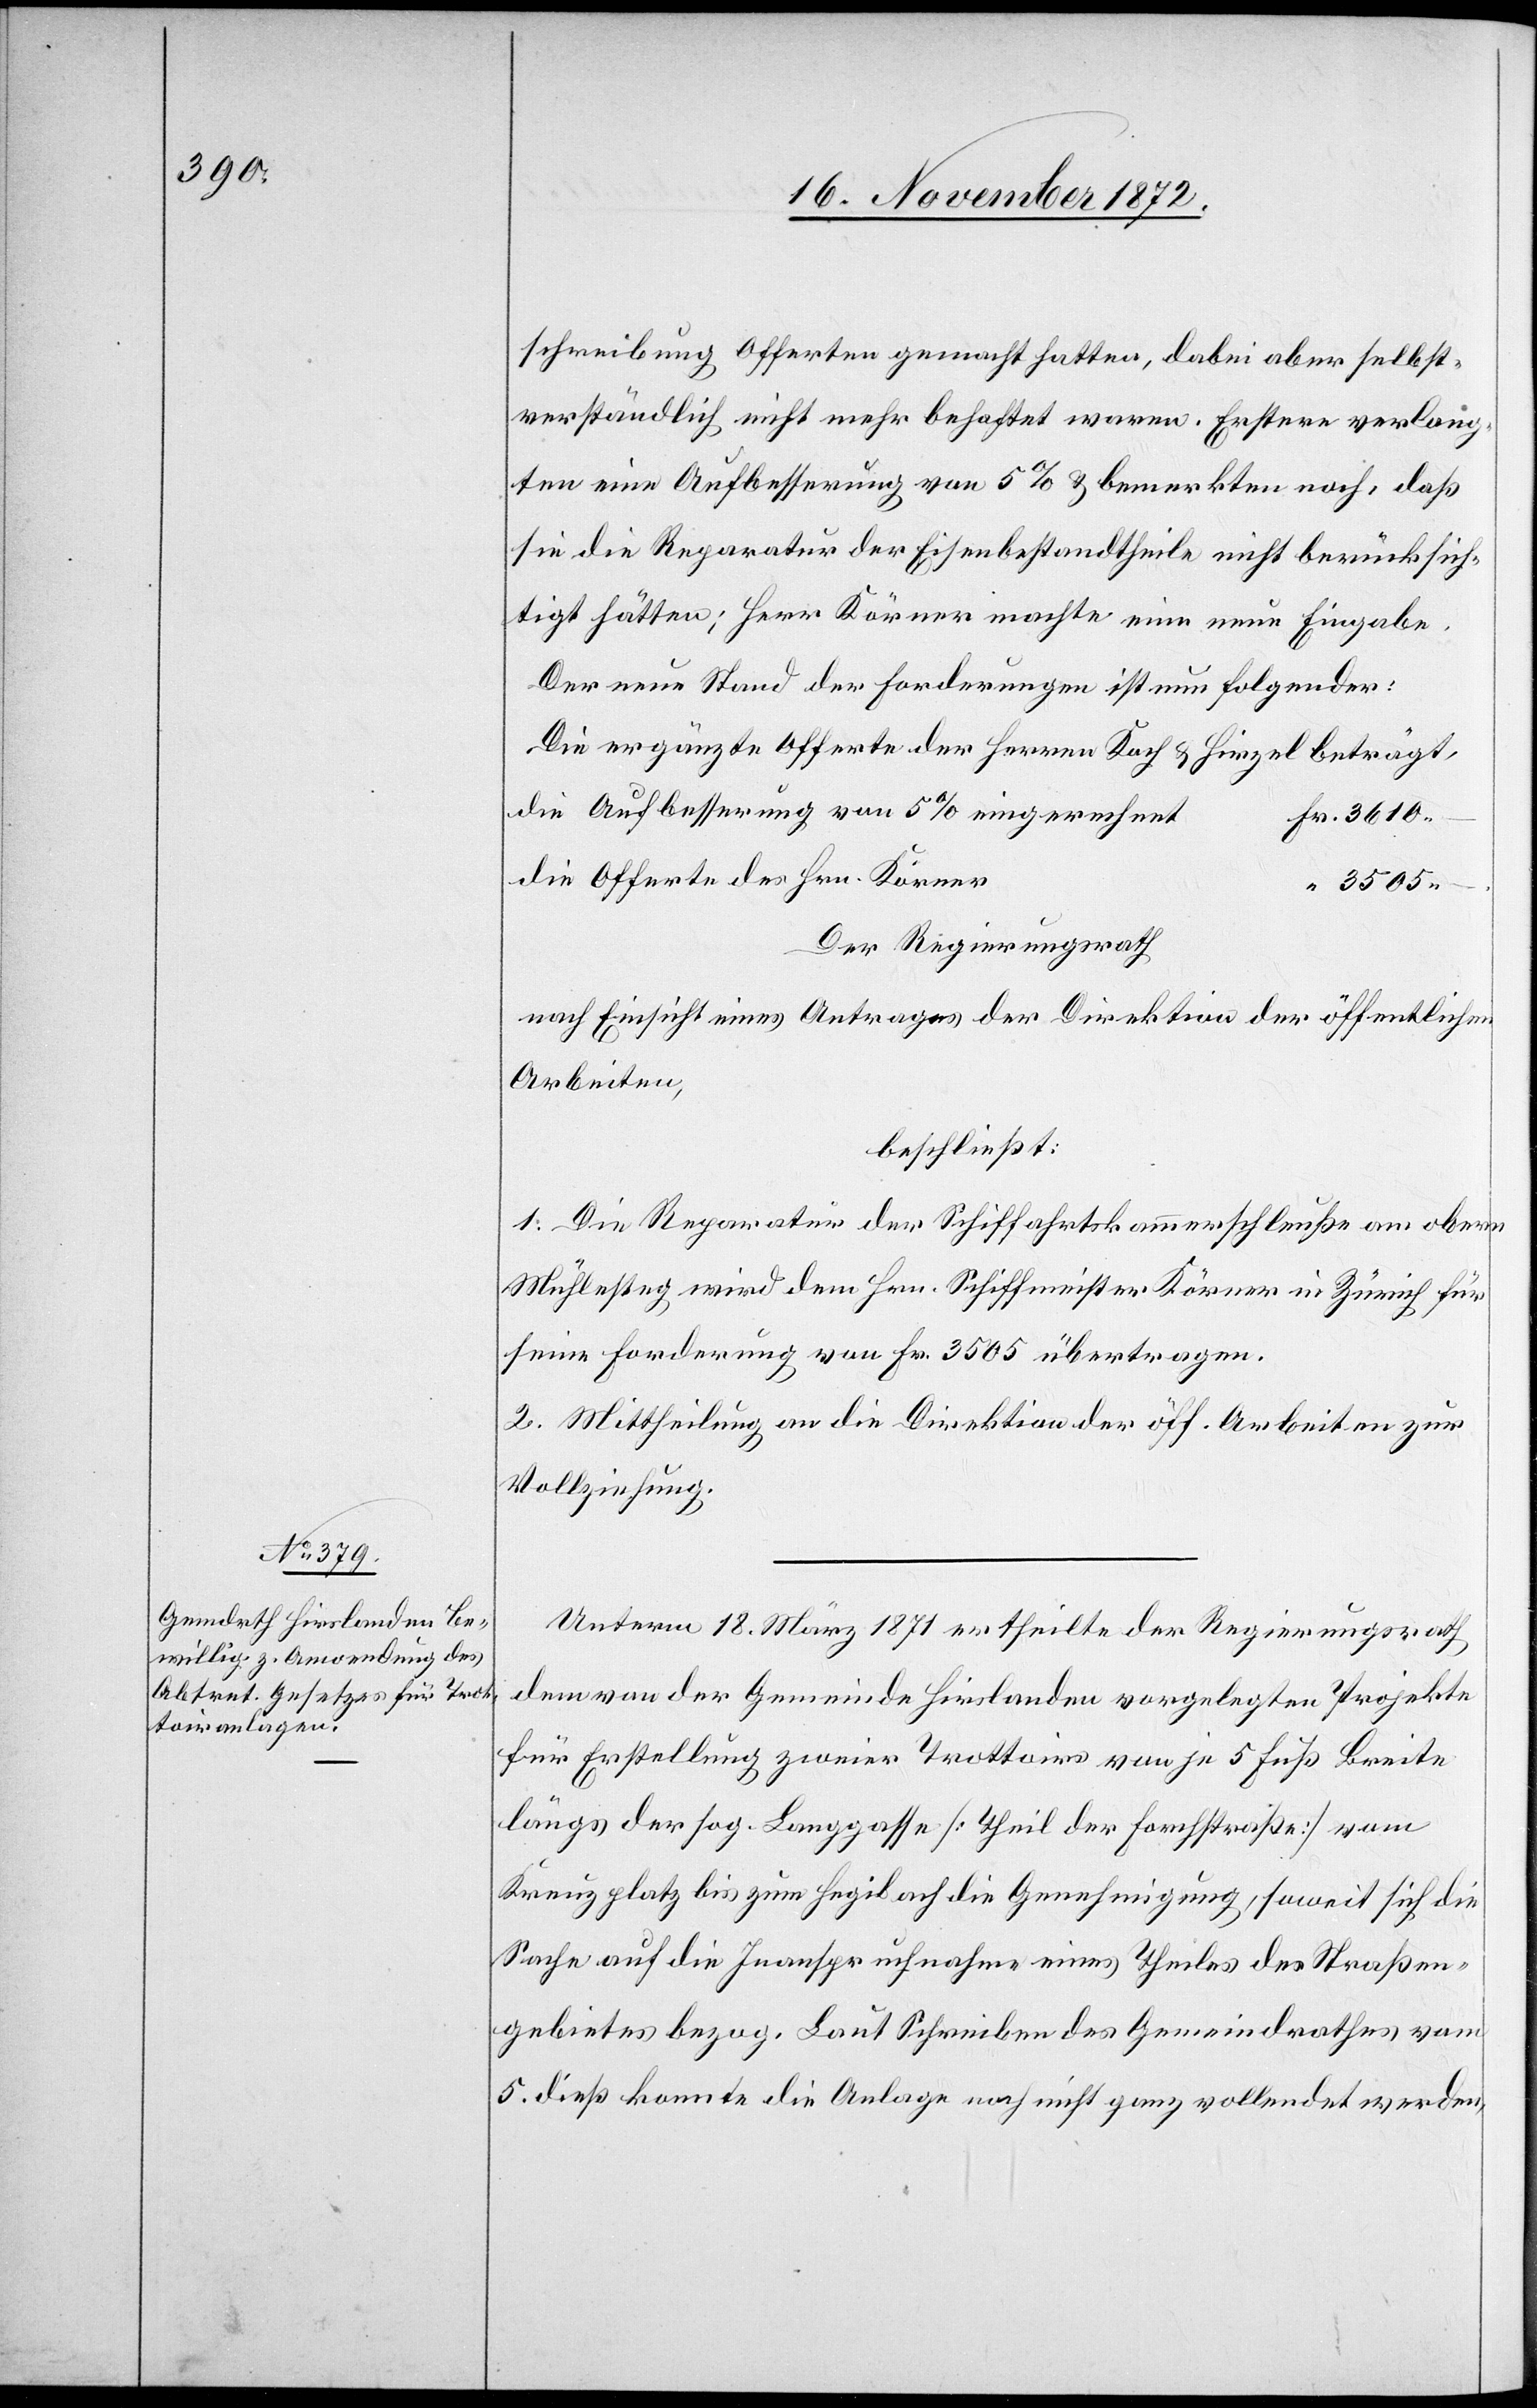
schreibung Offerten gemacht hatte, dabei aber selbst¬
verständlich nicht mehr behaftet waren. Erstere verlang¬
ten eine Aufbesserung von 5% u. bemerkten noch, daß
sie die Reparatur der Eisenbestandtheile nicht berücksich¬
tigt hätten; Herr Körner machte eine neue Eingabe.
Der neue Stand der Forderungen ist nun folgender:
Die ergänzte Offerte der Herren Koch u. Hirzel beträgt,
die Aufbesserung von 5% eingerechnet
die Offerte des Hrn. Körner
3505 –
Der Regierungsrath
nach Einsicht eines Antrages der Direktion der öffentlichen
Arbeiten,
beschließt:
1. Die Reparatur der Schiffahrtskammerschleuße am obern
Mühlesteg wird dem Hrn. Schiffmeister Körner in Zürich für
seine Forderung von Fr. 3505 übertragen.
2. Mittheilung an die Direktion der öff. Arbeiten zur
Vollziehung.
Unterm 18. März 1871 ertheilte der Regierungsrath
dem von der Gemeinde Hirslanden vorgelegten Projekte
für Erstellung zweier Trottoirs von je 5 Fuß Breite
längs der sog. Langgasse [Theil der Forchstraße] vom
Kreuzplatz bis zum Hegibach die Genehmigung, soweit sich die
Sache auf die Inanspruchnahme eines Theiles des Straßen¬
gebietes bezog. Laut Schreiben des Gemeindrathes vom
5. dieß konnte die Anlage noch nicht ganz vollendet werden,